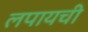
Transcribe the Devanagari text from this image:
लपायची